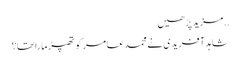
..مزید پڑھیں
شاہد آفریدی نے محمد عامر کو تھپڑ مارا تھا؟